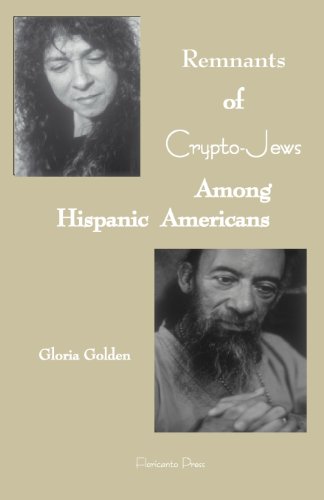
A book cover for Remnants of Crypto-Jews Among Hispanic Americans; Gloria Golden; Biographies & Memoirs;